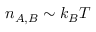
n _ { A , B } \sim k _ { B } T